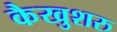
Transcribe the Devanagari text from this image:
कैखुशरु